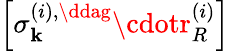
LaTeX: \left[\sigma_{\mathbf{k}}^{\left(i\right),\ddag}\cdotr_{R}^{\left(i\right)}\right]